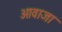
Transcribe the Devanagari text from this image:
आवाजा